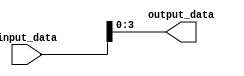
module part_select_example(
    input [7:0] input_data,
    output [3:0] output_data
);

assign output_data = input_data[3:0];

endmodule